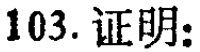
103. 证明：